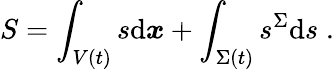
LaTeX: S=\int_{V(t)}s\mathrm{d}\boldsymbol{x}+\int_{\Sigma(t)}s^{\Sigma}\mathrm{d}s\; .